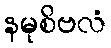
နမုစိဗလံ